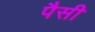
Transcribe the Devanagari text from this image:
पैसी